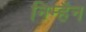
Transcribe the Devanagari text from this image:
निम्हैन